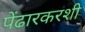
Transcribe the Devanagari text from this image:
पेंढारकरशी